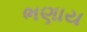
ભણાય